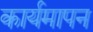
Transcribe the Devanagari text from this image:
कार्यमापन